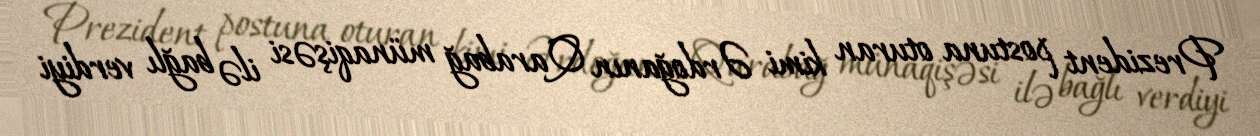
Prezident postuna oturan kimi Ərdoğanın Qarabağ münaqişəsi ilə bağlı verdiyi